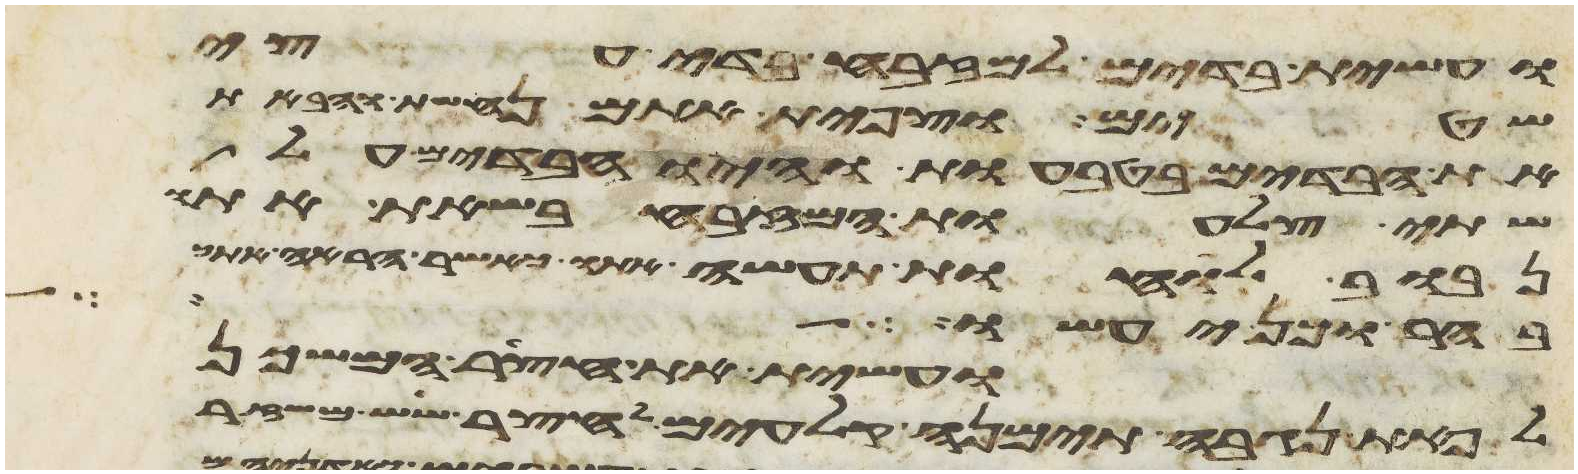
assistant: ועשית בדים למזבח בדי עצי
שטים וצפית אתם נחשת והבאת
את הבדים בטבעות והיו הבדים על
שתי צלעות המזבח בשאת אתו
נבוב לוחות תעשה אתו כאשר הראה אתך
בהר וכן יעשו
ועשית את חצר המשכן
לפאת נגבה תימנה קלעים לחצר שש משזר